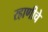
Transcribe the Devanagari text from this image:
रहाणीचे